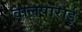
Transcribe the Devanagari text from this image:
वालपाराई